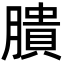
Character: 膭